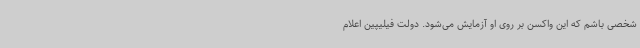
شخصی باشم که این واکسن بر روی او آزمایش می‌شود. دولت فیلیپین اعلام